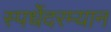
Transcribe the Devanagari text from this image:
स्पर्धेेदरम्यान